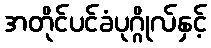
အတိုင်ပင်ခံပုဂ္ဂိုလ်နှင့်